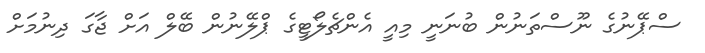
ސްޕޭނުގެ ނޫސްތަނުން ބުނަނީ މިއީ އެންޗެލޯޓީގެ ޕްލޭނުން ބޭލް އަށް ޖާގަ ދިނުމަށް